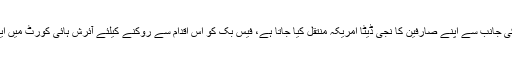
واضح رہے کہ فیس بک کی جانب سے اپنے صارفین کا نجی ڈیٹا امریکہ منتقل کیا جاتا ہے، فیس بک کو اس اقدام سے روکنے کیلئے آئرش ہائی کورٹ میں ایک مقدمہ زیر سماعت تھا۔